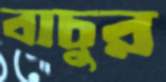
বাচুর